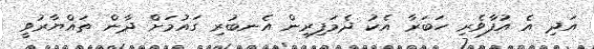
އަދި އެ އުފާވެރި ހަބަރާ އެކު ދެމަފިރިން އެނބުރި ގައުމަށް ދާން ތައްޔާރުވީ